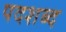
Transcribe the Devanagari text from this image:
पदशब्द